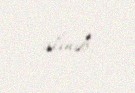
alınıb.